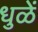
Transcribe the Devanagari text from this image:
धुळें